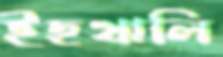
ইছখালি